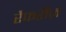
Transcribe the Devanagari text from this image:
रैफरीज़